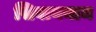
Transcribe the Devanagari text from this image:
सिवायनाम